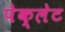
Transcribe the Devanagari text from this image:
पेक्लेट